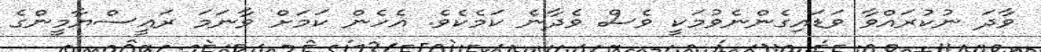
ވާދަ ނުކުރައްވާ ވަޑައިގެންނެވުމަކީ ވެސް ވެދާނެ ކަމެކެވެ. އެހެން ކަމަށް ވާނަމަ ރައީސްޔާމީންގެ